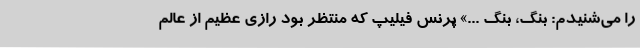
را می‌شنیدم: بنگ، بنگ ...» پرنس فیلیپ که منتظر بود رازی عظیم از عالم